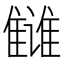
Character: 雠